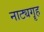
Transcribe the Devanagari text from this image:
नाट्यगॄह